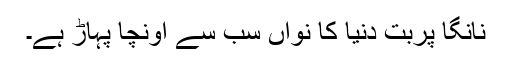
نانگا پربت دنيا کا نواں سب سے اونچا پہاڑ ہے۔